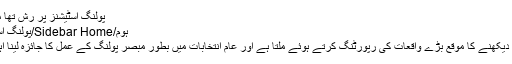
پولنگ اسٹیشنز پر رش تھا مگر – Pakistan24
ہوم/Sidebar Home/پولنگ اسٹیشنز پر رش تھا مگر
صحافی کو تاریخ بنتے دیکھنے کا موقع بڑے واقعات کی رپورٹنگ کرتے ہوئے ملتا ہے اور عام انتخابات میں بطور مبصر پولنگ کے عمل کا جائزہ لینا اہمیت کا حامل ہوتا ہے ۔